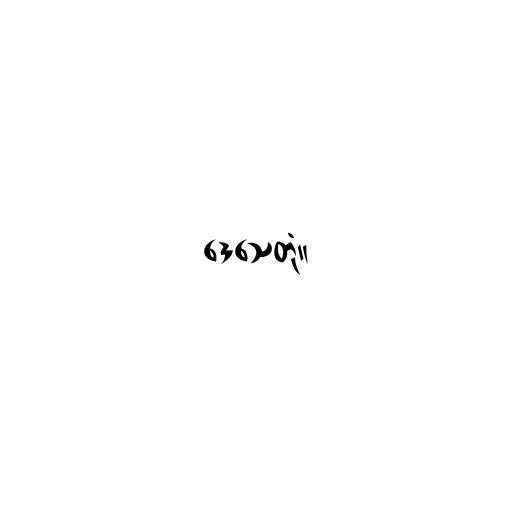
ဒေသေတုံ။